Bréfritari: Teitur Símonarson
Viðtakandi: Jón Borgfirðingur
Dagsetning: A-1858-03-06
Skrifað á: Hvítárósi  Borg.

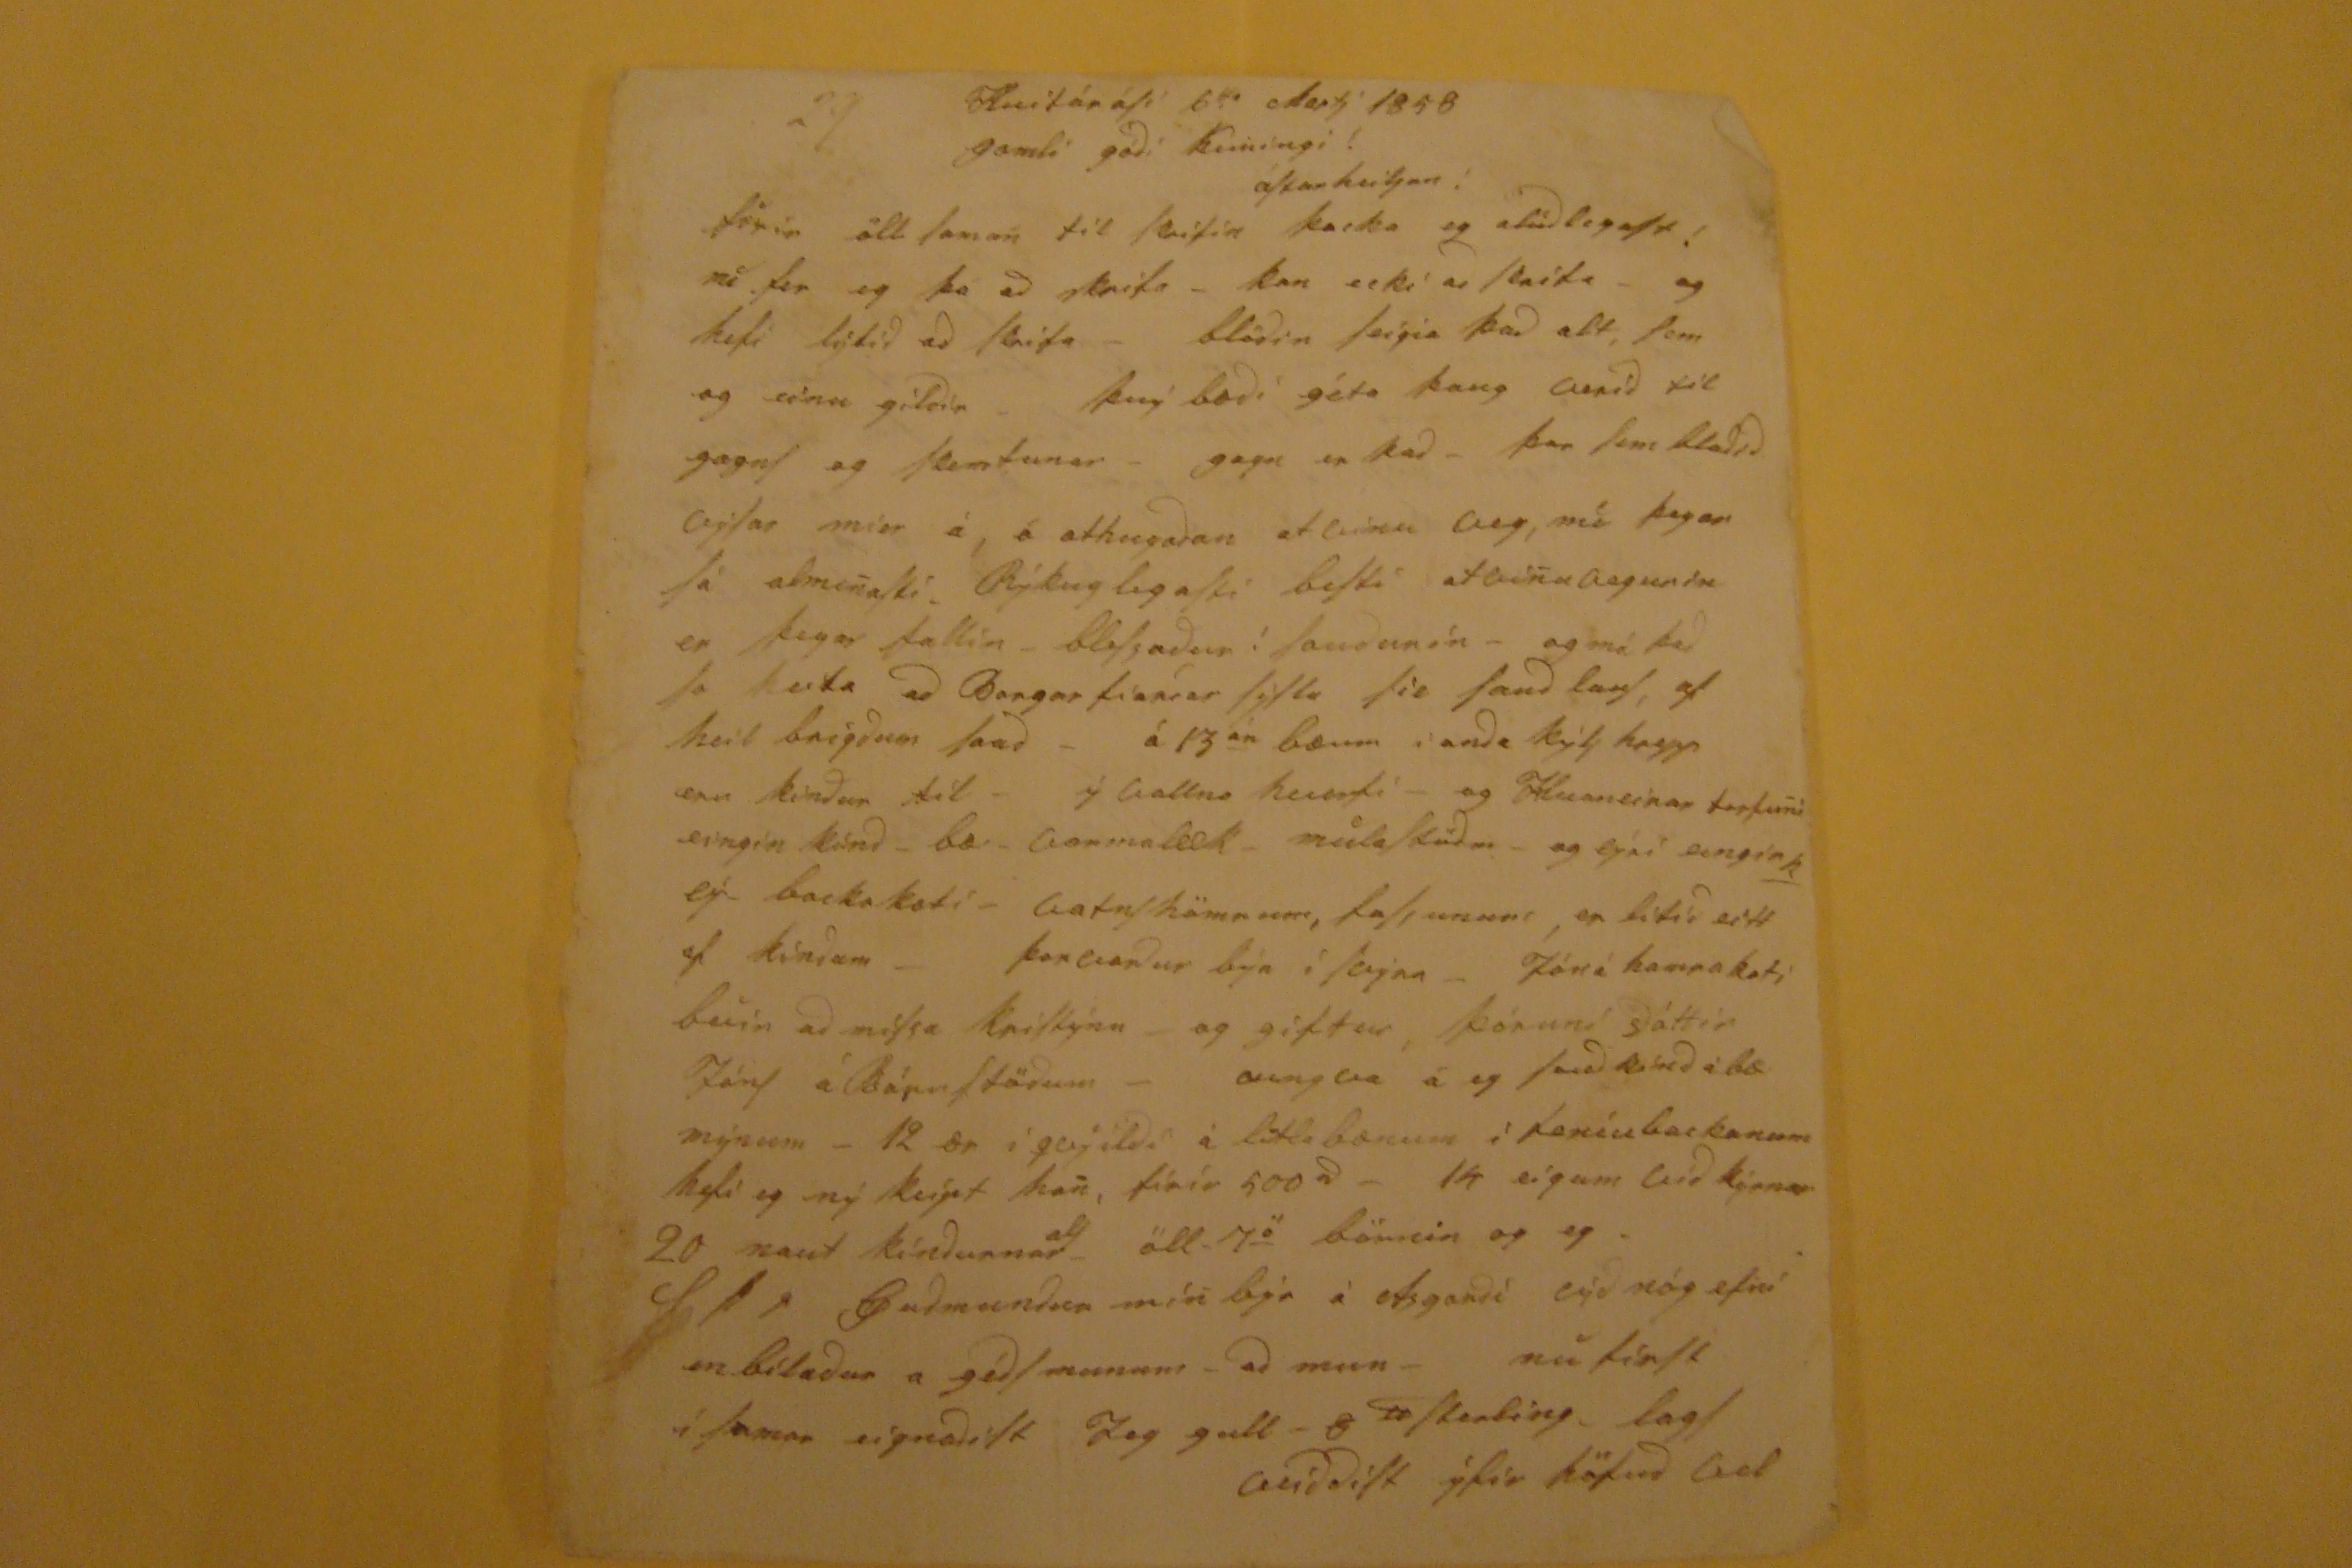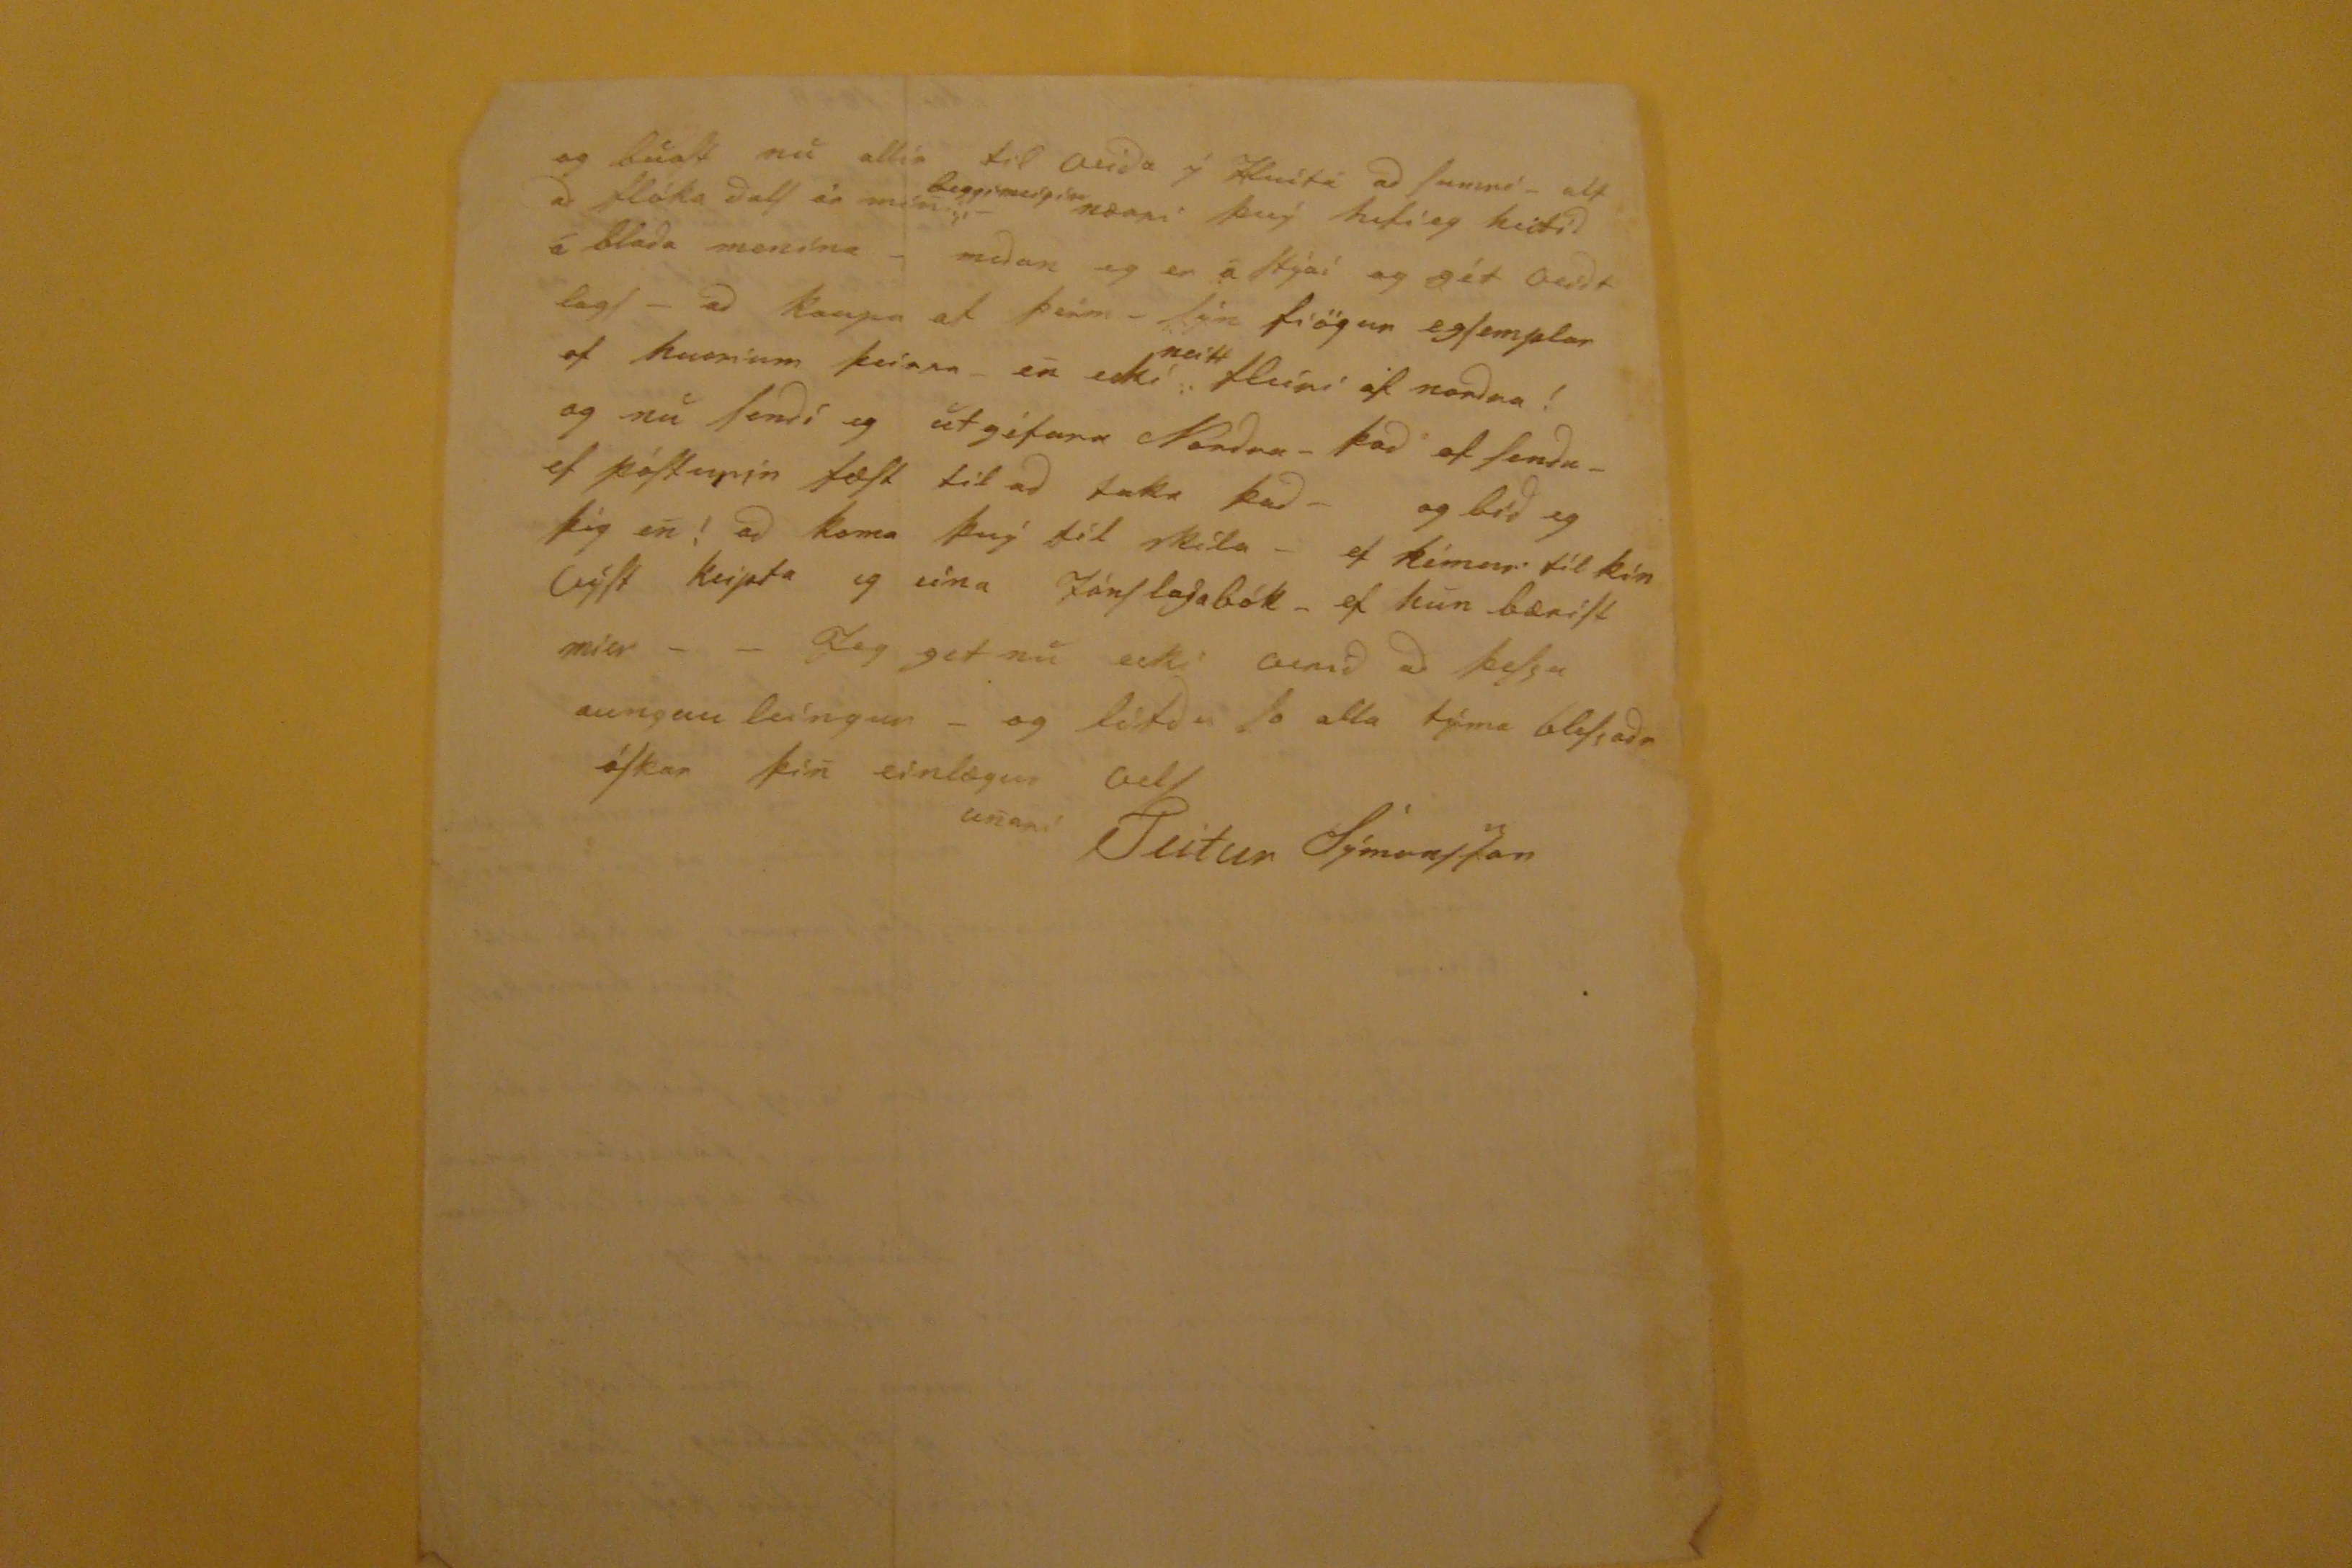

Hvitárósi 6
ta
Mars 1858
gamli gódi kuningi!
ástarheilsan!
firir öll saman til skrifin þacka eg alúdlegast! nu fer eg þa ad skrifa. kan ecki ad
skrifa
- og hefi látid ad skrifa- blödin Seigia þad alt, Sem og einu gildir - því bædi géta þaug verid til gangs og skemtunar- gang er þad- þar sem bladid vitar min á, á athugadan atlínu veg, má þegar fá almenaki Rýkuglegasti besti Atvinudagurin er þegar fallin- bleSsadur! saudunin- og má þad fa leita ad Borgarfianrar litla til sand laus, af heil beigdum land- á 13
an
bæum i anda kylj happ enn kindur til- i vallna hverfiö og Hvaneirar torfuni eingin kind- bæ- varmalæk- mulafludir- og lyri eingir eý- backakoti- Gatnshömrum, tassunum, er litid eitt af kindum- þorgerdur býr í fagina- Jón á hamrakoti buin ad miSsa karlkýna og giftur, þóruni dóttir Jóns á
SámStödum
á eg Saud kind á bæ mýnum- 12 ær í qugildi á litla bænum ì Soníubackanum hafi eg ný keipt han, fírír 500
rl
- 14 eigum vid kirnar 20 naut kindurnar
als
- öll 7
ö
börnin og eg.
S l r Gudmundur mìn býr á Asgardi lýd nóg efin en bíladur a gédsmunum ð ad mun- nú finst í framar eignadist Jeg gull- sterting, lagS alíddiSt yfir höfud vel
og búast nu allir til auda ý hvítá ad Sunna- alt ad flóka dall ár mín
leggjimeipin
nærri þog hafi eg heitid á blada menina- medan eg er á stjái og gét audlagt- ad kaupa af þeim- fýr fiögur egsemplar af hverium þeirra- en ecki
neitt
fleiri af nordan! og nu Sendi eg utgefara Nordur- þad af Senda- ef póSturin FæSt til ad taka þad- og bid eg þig en! ad koma þvý til skila- ef kímur til þín výSt keipta eg sina Jónslagabók- ef hún beriSt mier- - Jeg get nu ecki comid ad þeSsu aungan leíngur- og lifdu So alla týma bleSsadr óSkar þin einlægur ad unnni
Teitur Sýmonsson